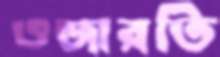
ওজারতি